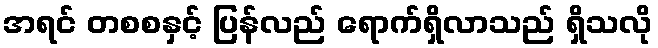
အရင် တစစနှင့် ပြန်လည် ရောက်ရှိလာသည် ရှိသလို